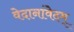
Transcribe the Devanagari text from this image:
वेदानांवेदम्